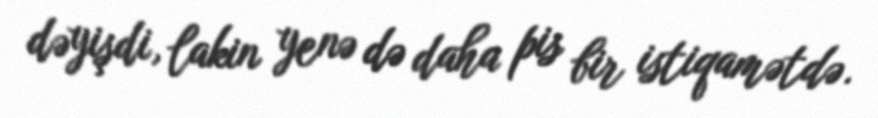
dəyişdi, lakin yenə də daha pis bir istiqamətdə.